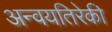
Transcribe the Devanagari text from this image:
अन्वयतिरेकी